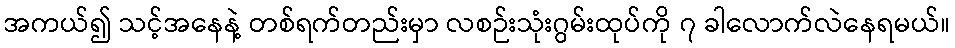
အကယ်၍ သင့်အနေနဲ့ တစ်ရက်တည်းမှာ လစဉ်းသုံးဂွမ်းထုပ်ကို ၇ ခါလောက်လဲနေရမယ်။